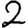
Digit: 2